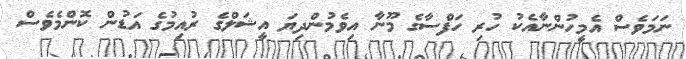
ނަމަވެސް އެމީހުންނާއެކު ހުރި ހަފްސާގެ މޫނާ އިވެމުންދިޔަ އީޝަލްގެ ރުއިމުގެ އަޑުން ކޮންމެވެސް